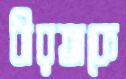
ধীরতাকে